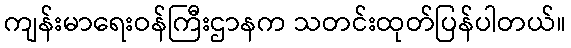
ကျန်းမာရေးဝန်ကြီးဌာနက သတင်းထုတ်ပြန်ပါတယ်။